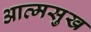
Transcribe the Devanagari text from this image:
आत्मसुख